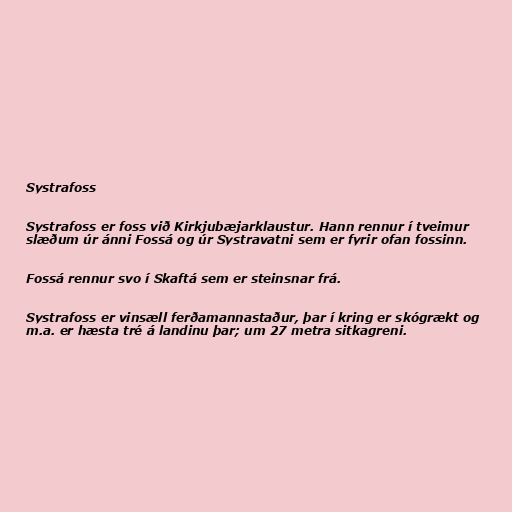
Systrafoss

Systrafoss er foss við Kirkjubæjarklaustur. Hann rennur í tveimur
slæðum úr ánni Fossá og úr Systravatni sem er fyrir ofan fossinn.

Fossá rennur svo í Skaftá sem er steinsnar frá.

Systrafoss er vinsæll ferðamannastaður, þar í kring er skógrækt og
m.a. er hæsta tré á landinu þar; um 27 metra sitkagreni.